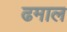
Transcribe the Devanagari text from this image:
ढमाल